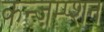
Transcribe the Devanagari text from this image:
कन्ज़म्प्शन